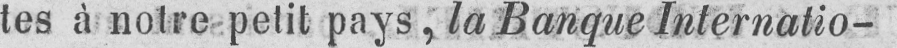
tes à notre petit pays, la Banque Internatio-